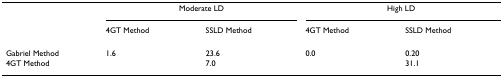
<table><thead><tr><td></td><td colspan="2"><b>Moderate LD</b></td><td colspan="2"><b>High LD</b></td></tr><tr><td></td><td><b>4GT Method</b></td><td><b>SSLD Method</b></td><td><b>4GT Method</b></td><td><b>SSLD Method</b></td></tr></thead><tbody><tr><td>Gabriel Method</td><td>1.6</td><td>23.6</td><td>0.0</td><td>0.20</td></tr><tr><td>4GT Method</td><td></td><td>7.0</td><td></td><td>31.1</td></tr></tbody></table>